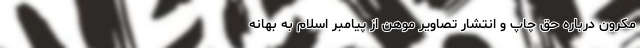
مکرون درباره حق چاپ و انتشار تصاویر موهن از پیامبر اسلام به بهانه